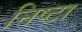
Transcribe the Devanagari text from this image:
निष्टा